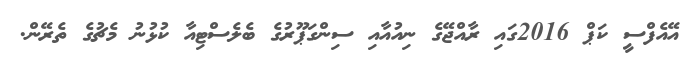
އޭއެފްސީ ކަޕް 2016ގައި ރާއްޖޭގެ ނިއުއާއި ސިންގަޕޫރުގެ ބެލެސްޓިއާ ކުޅުނު މެޗުގެ ތެރޭން.